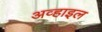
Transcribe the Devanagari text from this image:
अव्हाइल